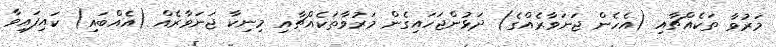
މަރުވާ ތަކެއްޗާއި (އެހެން ޖަނަވާރެއްގެ) ދަޅުންޖަހައިގެން މަރުވާތަކެއްޗާއި މިނިކާ ޖަނަވާރެއް (އެއްބައި) ކައިފައިވާ